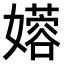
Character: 𫲇